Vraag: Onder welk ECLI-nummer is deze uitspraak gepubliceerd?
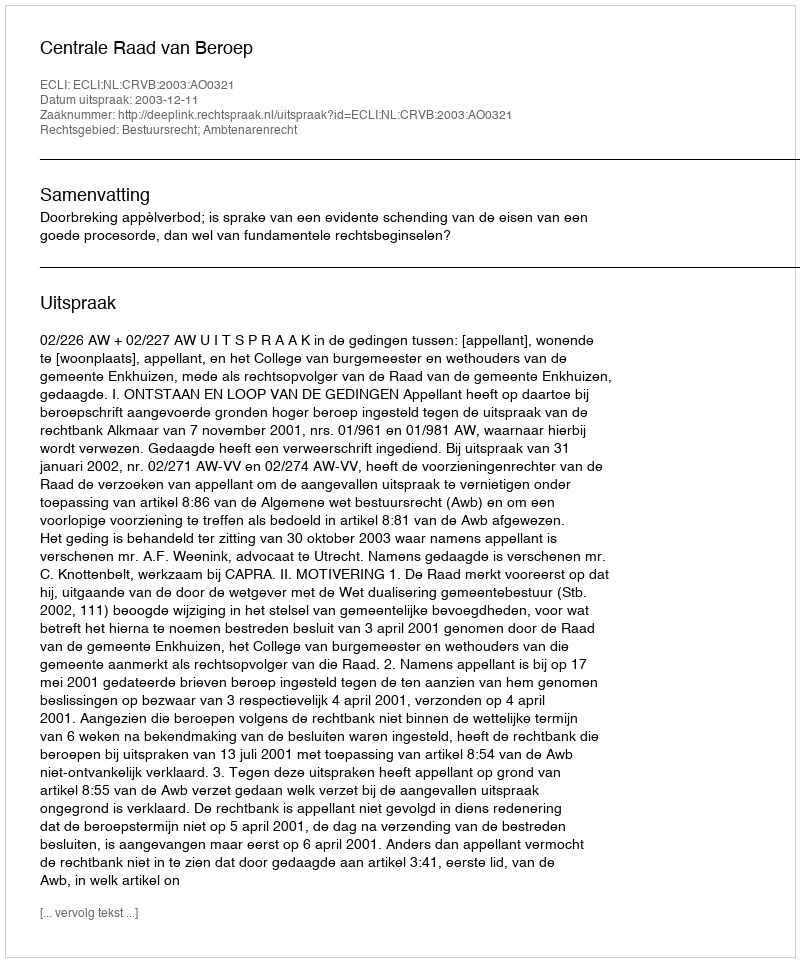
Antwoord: ECLI:NL:CRVB:2003:AO0321